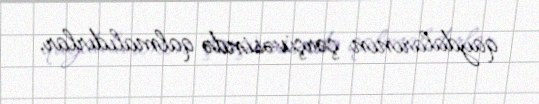
qaydalarının çərçivəsində qalmalıdırlar.